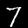
Digit: 7